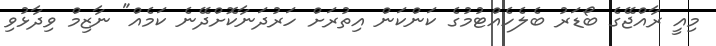
މިއީ ރާއްޖޭގެ ބޯޑަރު ބެލެހެއްޓުމުގެ ކަންކަން އިތުރަށް ހަރުދަނާކޮށްދޭނެ ކަމެއް" ނާޒިމް ވިދާޅުވި